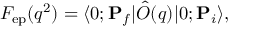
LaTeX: F _ { \mathrm { e p } } ( q ^ { 2 } ) = \langle 0 ; { \bf P } _ { f } | \hat { O } ( q ) | 0 ; { \bf P } _ { i } \rangle ,